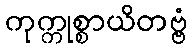
ကုက္ကုစ္စာယိတဗ္ဗံ